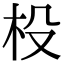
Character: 杸